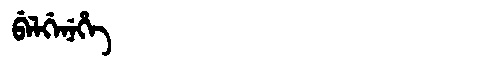
Manchu: ᠪᡝᠯᡤᡝᠨᡝᡥᡝ
Romanization: BELGENEHE